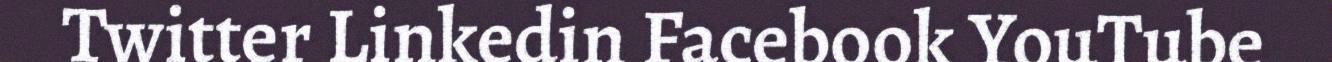
Twitter Linkedin Facebook YouTube